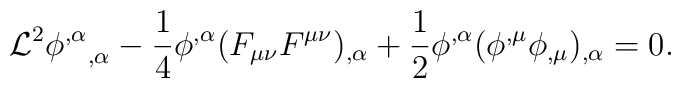
{\cal L}^2  {\phi^{,\alpha}}_{,\alpha} - \frac14 \phi^{,\alpha} (F_{\mu\nu}F^{\mu\nu})_{,\alpha}+\frac12 \phi^{,\alpha} (\phi^{,\mu}\phi_{,\mu})_{,\alpha} = 0.